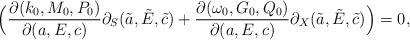
\begin{align*}\Big(\frac{\partial( k_0,M_0, P_0)}{\partial(a,E,c)}\partial_S(\tilde a,\tilde E,\tilde c)+\frac{\partial( \omega_0, G_0, Q_0)}{\partial(a,E,c)}\partial_X(\tilde a,\tilde E,\tilde c)\Big)=0,\end{align*}